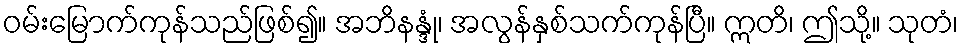
ဝမ်းမြောက်ကုန်သည်ဖြစ်၍။ အဘိနန္ဒုံ၊ အလွန်နှစ်သက်ကုန်ပြီ။ ဣတိ၊ ဤသို့။ သုတံ၊